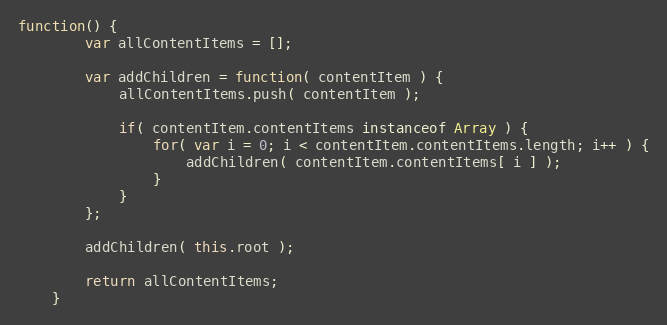
Language: JavaScript
function() {
		var allContentItems = [];

		var addChildren = function( contentItem ) {
			allContentItems.push( contentItem );

			if( contentItem.contentItems instanceof Array ) {
				for( var i = 0; i < contentItem.contentItems.length; i++ ) {
					addChildren( contentItem.contentItems[ i ] );
				}
			}
		};

		addChildren( this.root );

		return allContentItems;
	}